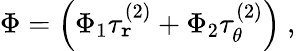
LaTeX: \Phi=\left(\Phi_{1}\tau_{\mathtt{r}}^{(2)}+\Phi_{2}\tau_{\theta}^{(2)}\right)\ ,